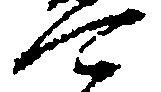
可